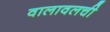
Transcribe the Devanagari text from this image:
वालावलची